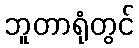
ဘူတာရုံတွင်